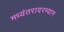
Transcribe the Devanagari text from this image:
मध्यंतरादरम्यान